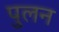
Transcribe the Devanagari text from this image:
पुलन